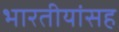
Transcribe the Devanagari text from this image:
भारतीयांसह